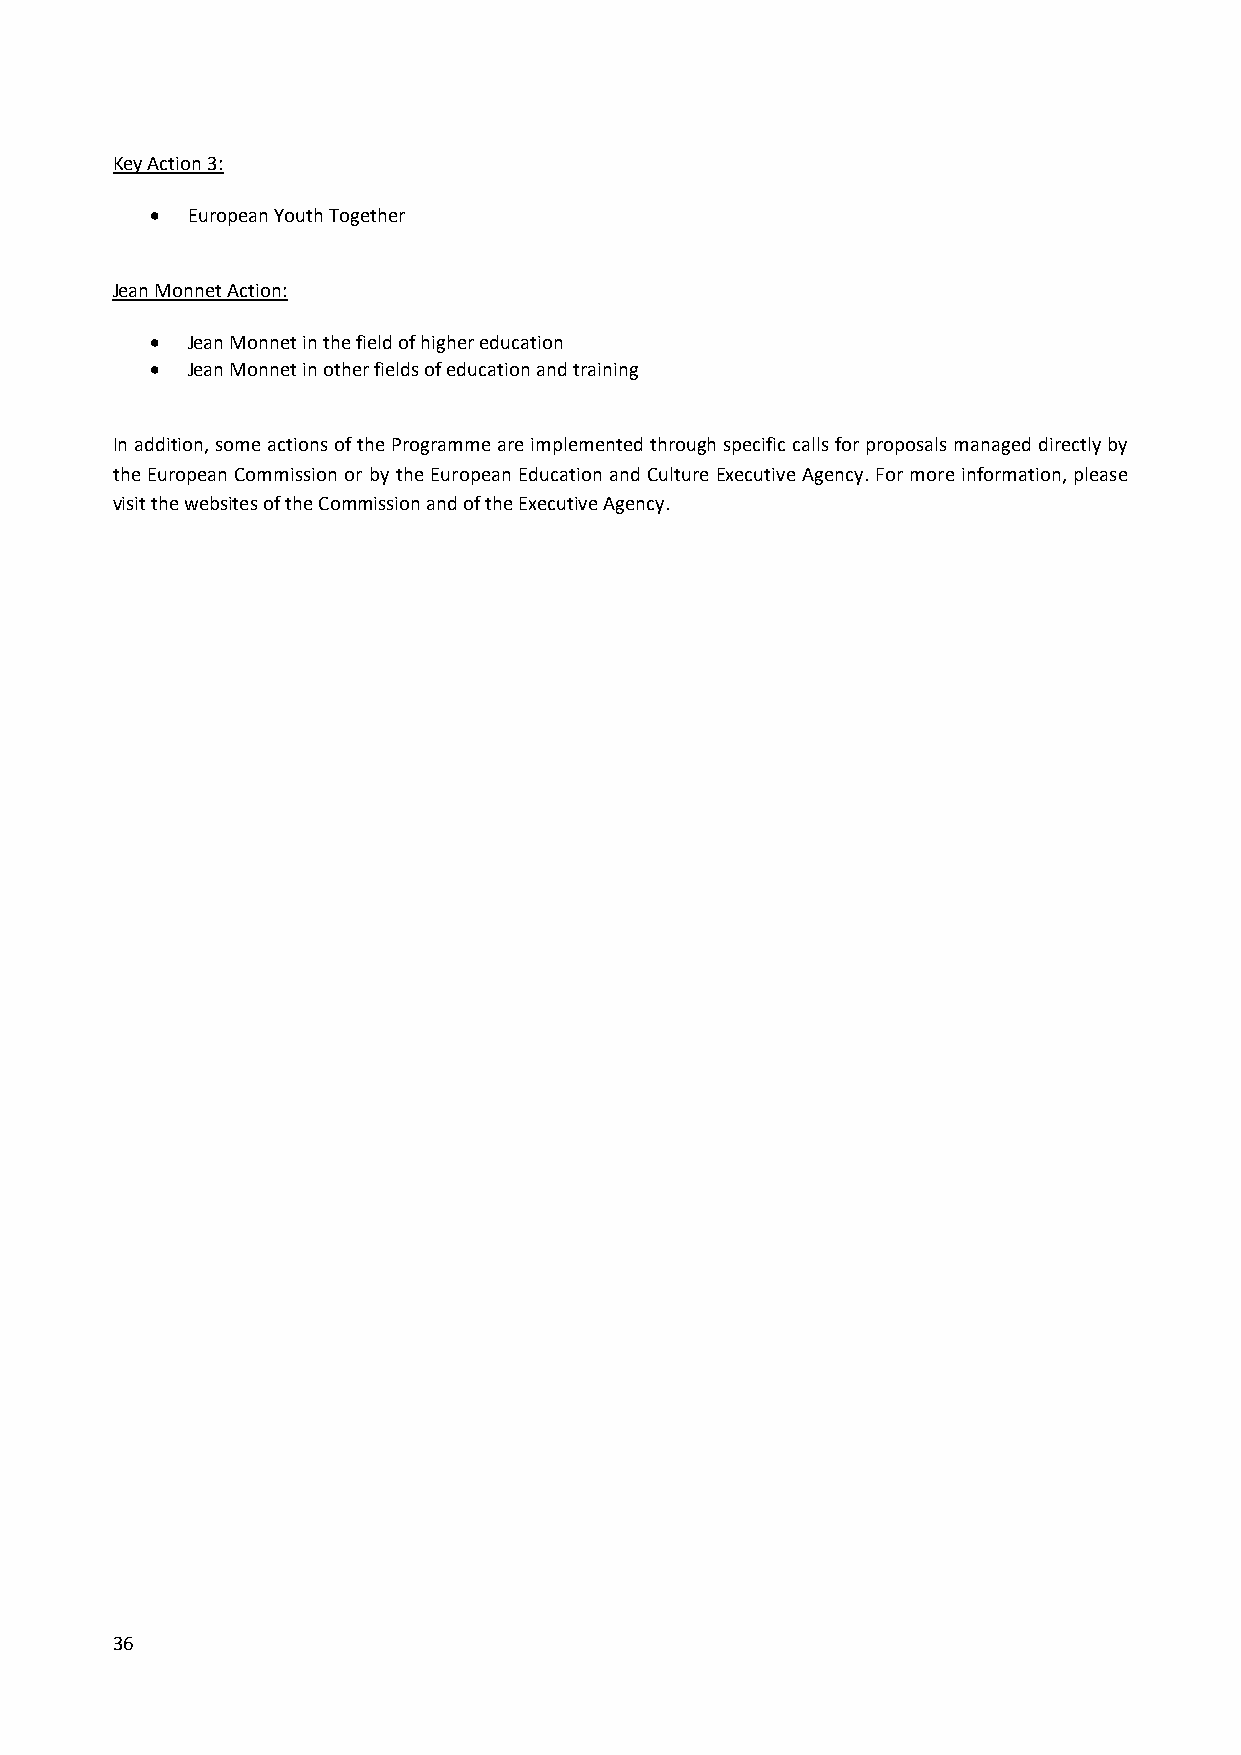
Key Action 3:
  European Youth Together
 Jean Monnet Action:
  Jean Monnet in the field of higher education
  Jean Monnet in other fields of education and training
 In addition, some actions of the Programme are implemented through specific calls for proposals managed directly by
 the European Commission or by the European Education and Culture Executive Agency. For more information, please
 visit the websites of the Commission and of the Executive Agency.
 36